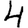
Digit: 4